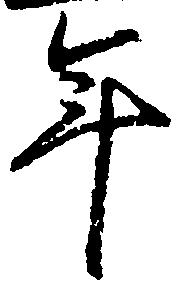
年